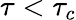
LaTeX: \tau<\tau_{c}